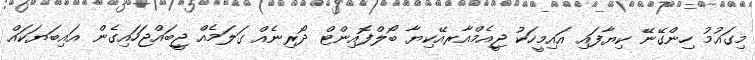
މިގައުމު ހިންގޭނޭ ކިޔާފައި އައިމީހަކު ޖީއެމްއާރއޭކިޔާ ބޯލްފޮއިންޓް ދޯރިނެއް ގަލަމެއް ޖީބައްޖަހައިގެން އައިބަޔަކައް